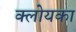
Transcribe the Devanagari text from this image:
क्लोयका